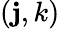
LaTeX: (\mathbf{j},k)